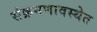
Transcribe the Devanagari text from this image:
संक्रमणावस्थेत